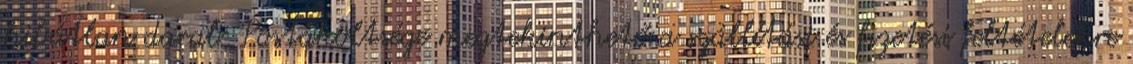
hibátlan darab. Postaköltsége megtekinthető a szállítási és fizetési feltételekre